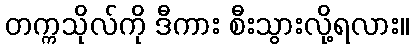
တက္ကသိုလ်ကို ဒီကား စီးသွားလို့ရလား။